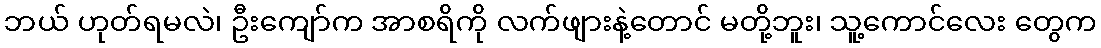
ဘယ် ဟုတ်ရမလဲ၊ ဦးကျော်က အာစရိကို လက်ဖျားနဲ့တောင် မတို့ဘူး၊ သူ့ကောင်လေး တွေက